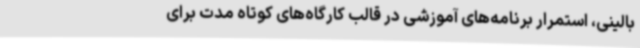
بالینی، استمرار برنامه‌های آموزشی در قالب کارگاه‌های کوتاه مدت برای